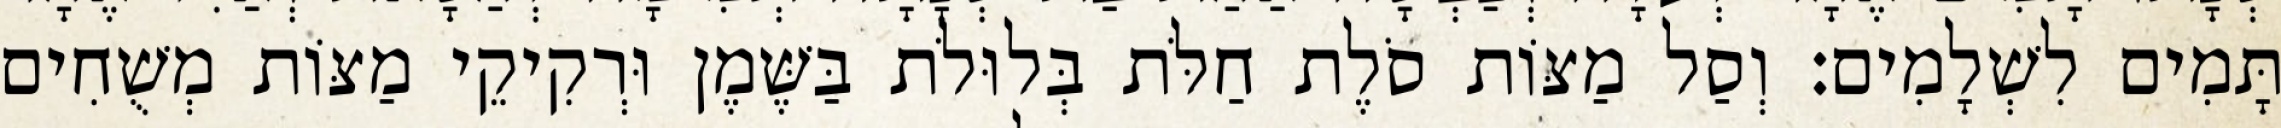
תָּמִים לִשְׁלָמִים׃ וְסַל מַצּוֹת סֹלֶת חַלֹּת בְּלוּלֹת בַּשֶּׁמֶן וּרְקִיקֵי מַצּוֹת מְשֻׁחִים